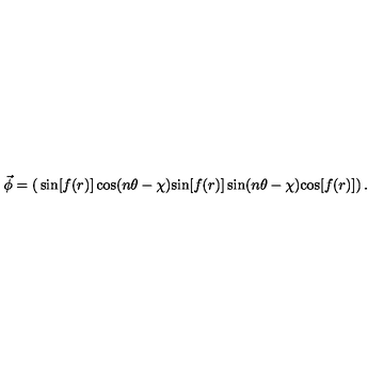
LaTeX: \vec { \phi } = \left( \begin{matrix} { \sin [ f ( r ) ] \cos ( n \theta - \chi ) } \\ { \sin [ f ( r ) ] \sin ( n \theta - \chi ) } \\ { \cos [ f ( r ) ] } \\ \end{matrix} \right) .